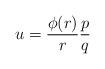
LaTeX: \begin{gather*}u= \frac{\phi(r)}{r}\frac{p}{q}\end{gather*}